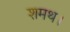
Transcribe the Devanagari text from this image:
शमथ।